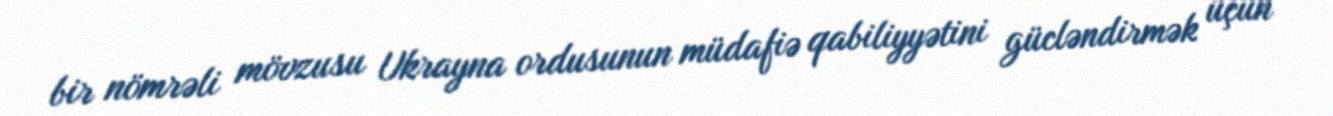
bir nömrəli mövzusu Ukrayna ordusunun müdafiə qabiliyyətini gücləndirmək üçün